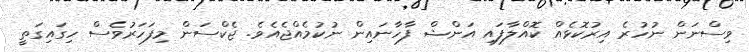
ވިސްނަން ނުހުރެ އިރުކޮޅެއް ކޮއްލާފައި އަންޝް ފާހާނައިން ނުކުމެއްޖެއެވެ. ޖެކްސަން މިފަހަރުވެސް ހިގައިގަތީ